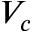
V _ { c }